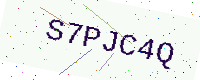
Text: S7PJC4Q